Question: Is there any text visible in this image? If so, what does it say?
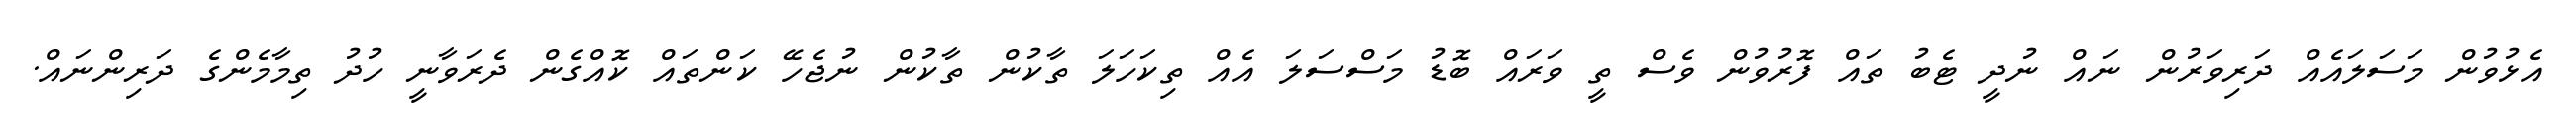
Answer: އެޅުވުން މަސަލައެއް ދަރިވަރުން ނައް ނުދީ ޓެބު ތައް ފޮރުވުން ވެސް ތީ ވަރައް ބޮޑު މަސްސަލަ އެއް ތިކަހަލަ ތާކުން ތާކުން ނުޖެހޭ ކަންތައް ކޮއްގެން ދެރަވާނީ ހުދު ތިމާމެންގެ ދަރިންނައް.